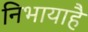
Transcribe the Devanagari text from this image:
निभायाहै